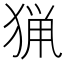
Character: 猟